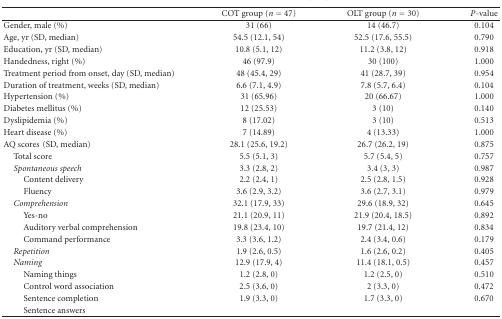
<table><thead><tr><td><b> </b></td><td><b>COT group (<i>n</i> = 47)</b></td><td><b>OLT group (<i>n</i> = 30)</b></td><td><b><i>P</i>-value</b></td></tr></thead><tbody><tr><td>Gender, male (%)</td><td>31 (66)</td><td>14 (46.7)</td><td>0.104</td></tr><tr><td>Age, yr (SD, median)</td><td>54.5 (12.1, 54)</td><td>52.5 (17.6, 55.5)</td><td>0.790</td></tr><tr><td>Education, yr (SD, median)</td><td>10.8 (5.1, 12)</td><td>11.2 (3.8, 12)</td><td>0.918</td></tr><tr><td>Handedness, right (%)</td><td>46 (97.9)</td><td>30 (100)</td><td>1.000</td></tr><tr><td>Treatment period from onset, day (SD, median)</td><td>48 (45.4, 29)</td><td>41 (28.7, 39)</td><td>0.954</td></tr><tr><td>Duration of treatment, weeks (SD, median)</td><td>6.6 (7.1, 4.9)</td><td>7.8 (5.7, 6.4)</td><td>0.104</td></tr><tr><td>Hypertension (%)</td><td>31 (65.96)</td><td>20 (66.67)</td><td>1.000</td></tr><tr><td>Diabetes mellitus (%)</td><td>12 (25.53)</td><td>3 (10)</td><td>0.140</td></tr><tr><td>Dyslipidemia (%)</td><td>8 (17.02)</td><td>3 (10)</td><td>0.513</td></tr><tr><td>Heart disease (%)</td><td>7 (14.89)</td><td>4 (13.33)</td><td>1.000</td></tr><tr><td>AQ scores(SD, median)</td><td>28.1 (25.6, 19.2)</td><td>26.7 (26.2, 19)</td><td>0.875</td></tr><tr><td> Total score</td><td>5.5 (5.1, 3)</td><td>5.7 (5.4, 5)</td><td>0.757</td></tr><tr><td> <i>Spontaneous speech </i></td><td>3.3 (2.8, 2)</td><td>3.4 (3, 3)</td><td>0.987</td></tr><tr><td>Content delivery</td><td>2.2 (2.4, 1)</td><td>2.5 (2.8, 1.5)</td><td>0.928</td></tr><tr><td>Fluency</td><td>3.6 (2.9, 3.2)</td><td>3.6 (2.7, 3.1)</td><td>0.979</td></tr><tr><td> <i>Comprehension </i></td><td>32.1 (17.9, 33)</td><td>29.6 (18.9, 32)</td><td>0.645</td></tr><tr><td>Yes-no</td><td>21.1 (20.9, 11)</td><td>21.9 (20.4, 18.5)</td><td>0.892</td></tr><tr><td>Auditory verbal comprehension</td><td>19.8 (23.4, 10)</td><td>19.7 (21.4, 12)</td><td>0.834</td></tr><tr><td>Command performance</td><td>3.3 (3.6, 1.2)</td><td>2.4 (3.4, 0.6)</td><td>0.179</td></tr><tr><td> <i>Repetition </i></td><td>1.9 (2.6, 0.5)</td><td>1.6 (2.6, 0.2)</td><td>0.405</td></tr><tr><td> <i>Naming </i></td><td>12.9 (17.9, 4)</td><td>11.4 (18.1, 0.5)</td><td>0.457</td></tr><tr><td>Naming things</td><td>1.2 (2.8, 0)</td><td>1.2 (2.5, 0)</td><td>0.510</td></tr><tr><td>Control word association</td><td>2.5 (3.6, 0)</td><td>2 (3.3, 0)</td><td>0.472</td></tr><tr><td>Sentence completion</td><td>1.9 (3.3, 0)</td><td>1.7 (3.3, 0)</td><td>0.670</td></tr><tr><td>Sentence answers</td><td> </td><td> </td><td> </td></tr></tbody></table>